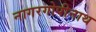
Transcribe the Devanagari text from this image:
नागरगोपीनाथ